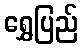
ရွှေပြည်